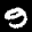
Label: 9